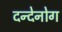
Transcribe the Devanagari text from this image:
दन्देनोग